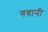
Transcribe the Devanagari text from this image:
गवानी